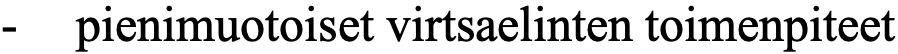
-  pienimuotoiset virtsaelinten toimenpiteet